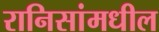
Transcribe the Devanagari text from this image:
रानिसांमधील